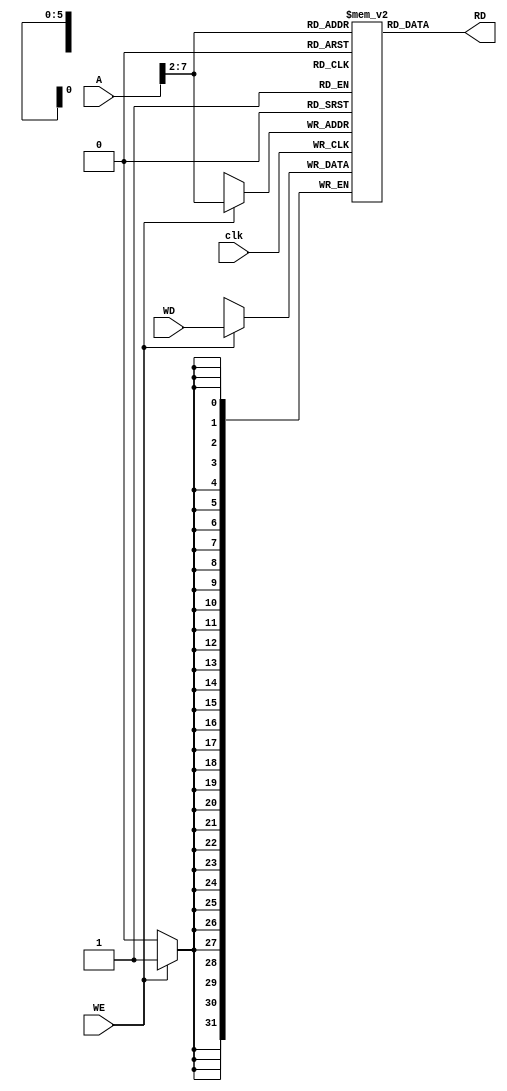
module data_memory #(parameter data_width=32,adr_width=32,memory_size=64)(
input [adr_width-1:0] A,
input [data_width-1:0] WD,
input clk,
input WE,
output [data_width-1:0] RD);
reg [data_width-1:0] inst_data_ram [0:memory_size-1];
   assign RD=inst_data_ram[A[data_width-1:2]];
	
	always @ (posedge clk)begin 
	if(WE)begin inst_data_ram[A[data_width-1:2]] <= WD ;end
	end
	
	
endmodule 

//@ line 11 and 8 [31:2] is used for indexing into the memory array 
//the least significant bits [1:0] are not used / set to zero to ensure word alignment0